Leningradi_Edasi_toimetus, lk 39
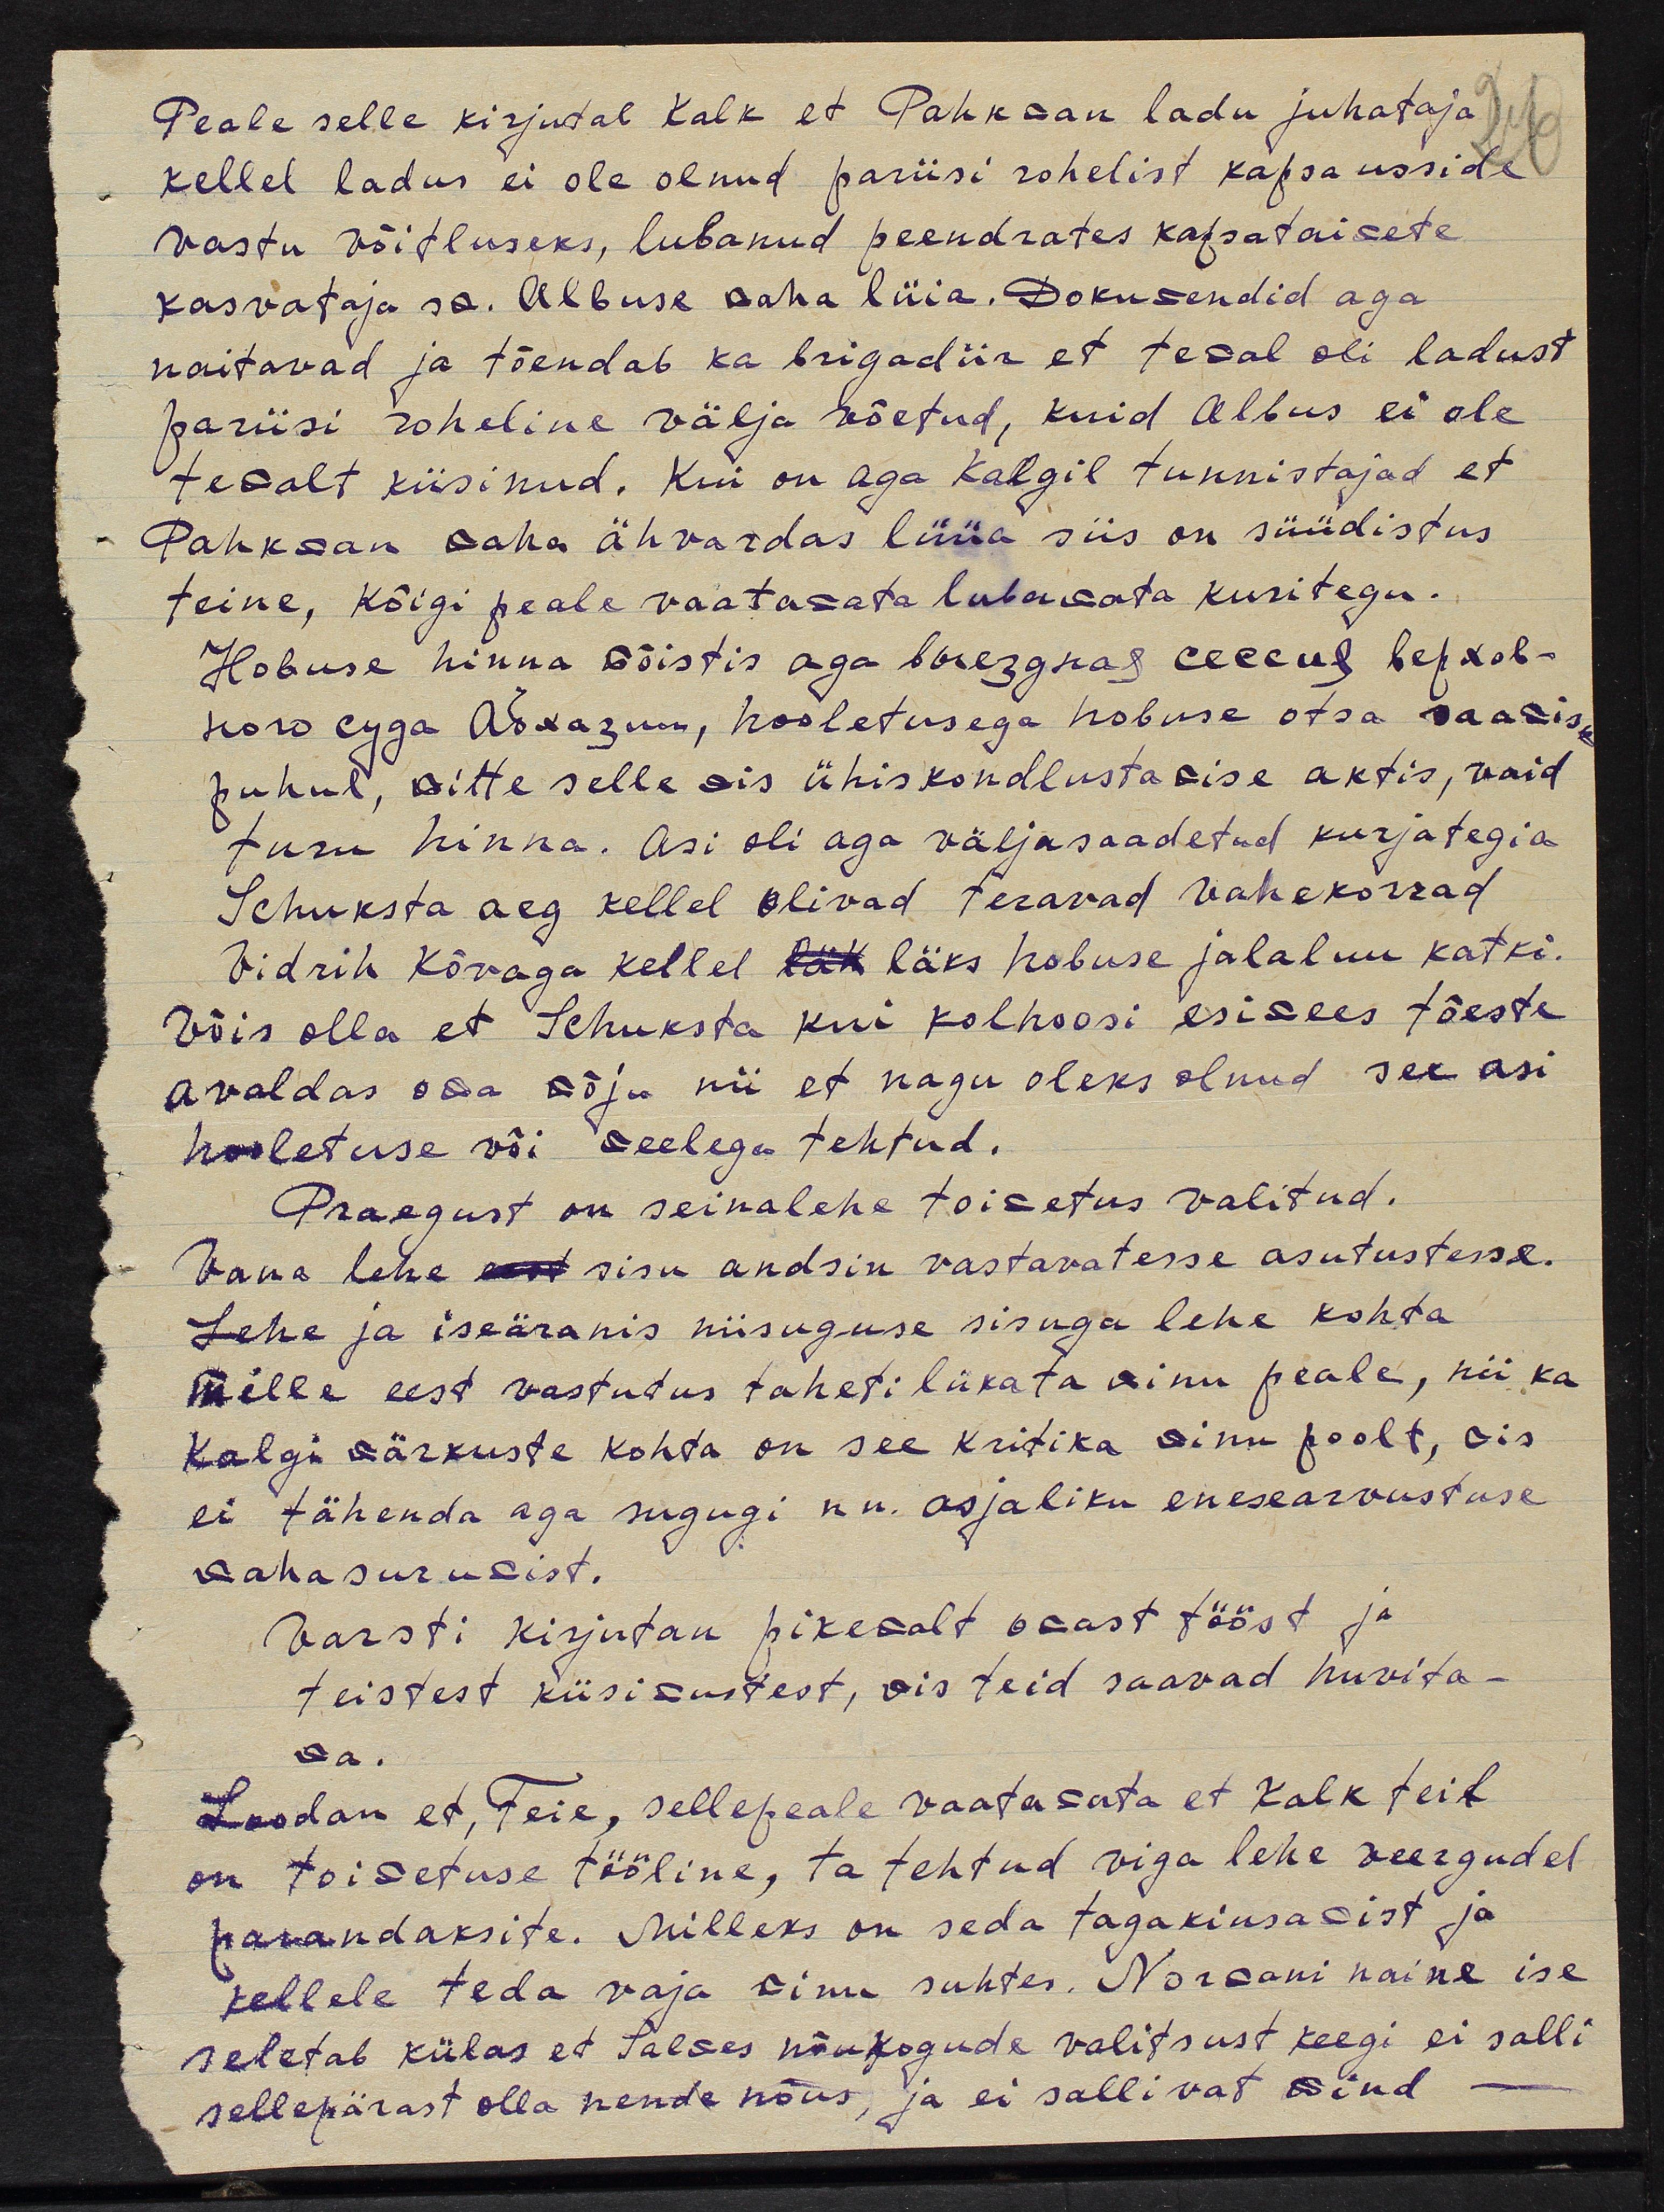
Peale selle kirjutab Kalk et Pahkman ladu juhataja
kellel ladus ei ole olnud pariisi rohelist kapsausside
vastu võitluseks, lubanud peendrates kapsataimete
kasvataja sm. Albuse maha lüia. Dokumendid aga
näitavad ja tõendab ka brigadiir et temal oli ladust
pariisi roheline välja võetud, kuid Albus ei ole
temalt küsinud. Kui on aga Kalgil tunnistajad et
Pahkman maha ähvardas lüüa siis on süüdistus
teine, kõigi peale vaatamata lubamata kuritegu.
Hobuse hinna mõistis aga bosezgnast keceul lehkob-
kord egga Assazum, hooletusega hobuse otsa saamis
puhul,mitte selle mis ühiskondlustamise aktis, vaid
turu hinna. Asi oli aga väljasaadetud kurjategia
Schuksta aeg kellel olivad teravad vahekorrad
Vidrih Kõvaga kellel läk läks hobuse jalaluu katki.
Võis olla et Schuksta kui kolhoosi esimees tõeste
avaldas osa mõju nii et nagu oleks olnud see asi
hooletuse või meelega tehtud.
Praegust on seinalehe toimetus valitud.
Vana lehe eest sisu andsin vastavatesse asutustesse.
Lehe ja iseäranis niisuguse sisuga lehe kohta
mille eest vastutus taheti lükata minu peale, nii ka
Kalgi märkuste kohta on see kritika minu poolt, mis
ei tähenda aga sugugi nn. asjaliku enesearvustuse
maha surumist.
Varsti kirjutan pikemalt osast tööst ja
teistest küsisustest, mis teid saavad huvita-
da.
Loodan et Teie, sellepeale vaatamata et Kalk teit
on toimetuse tööline, ta tehtud viga lehe veergudel
parandaksite. Milleks on seda tagakiusamist ja
kellele teda vaja minu suhtes. Normani naine ise
seletab külas et Salmes nõukogude valitsust keegi ei salli
sellepärast olla nende nõus, ja ei sallivat mind